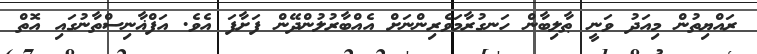
ރައްޔިތުން މިއަދު ވަނީ ޠާލިބާން ހަނގުރާމަވެރިންނަށް އެއްބާރުލުންދޭން ފަށާފަ އެވެ. އަފްޣާނިސްތާނުގައި އޮތް